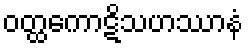
ဝတ္ထကောဋိသဟဿာနံ